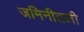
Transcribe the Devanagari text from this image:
जमिनीतली